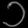
Digit: ၁